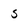
Character: 5